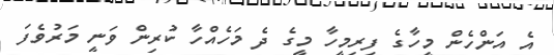
އެ އަންހެން މީހާގެ ފިރިމީހާ މީގެ ދެ މަހެއްހާ ކުރިން ވަނީ މަރުވެފަ